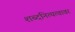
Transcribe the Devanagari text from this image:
शब्दनित्यत्वावर